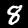
Label: 8